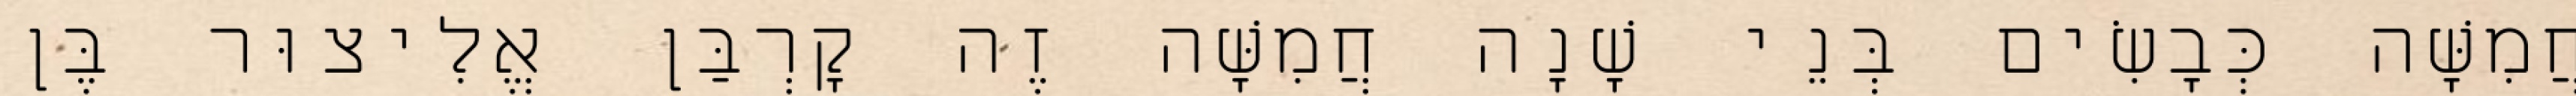
חֲמִשָּׁה כְּבָשִׂים בְּנֵי שָׁנָה חֲמִשָּׁה זֶה קָרְבַּן אֱלִיצוּר בֶּן